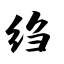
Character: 绉